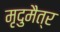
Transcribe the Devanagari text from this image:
मृदुमैत्र